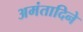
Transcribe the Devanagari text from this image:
अमंतादिने